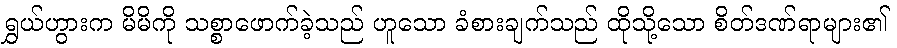
ရွှယ်ဟွားက မိမိကို သစ္စာဖောက်ခဲ့သည် ဟူသော ခံစားချက်သည် ထိုသို့သော စိတ်ဒဏ်ရာများ၏